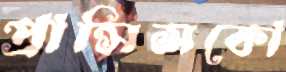
প্রান্সিসকো